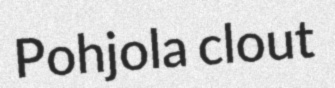
Pohjola clout